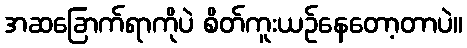
အဆခြောက်ရာကိုပဲ စိတ်ကူးယဉ်နေတော့တာပဲ။